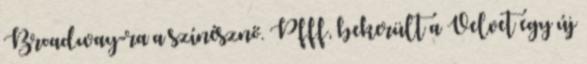
Broadway-ra a színésznő. Pfff, bekerült a Velvet egy új